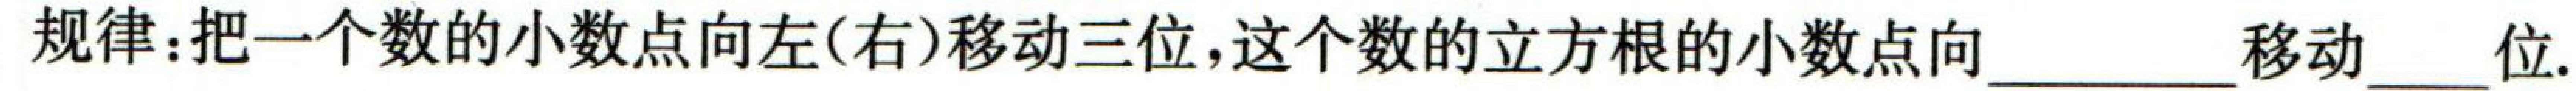
规律：把一个数的小数点向左(右)移动三位, 这个数的立方根的小数点向\underline{ }移动\underline{ }位.